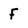
Character: F